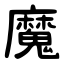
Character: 魔